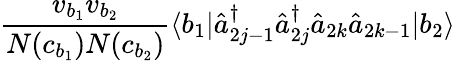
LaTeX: \frac{v_{b_{1}}v_{b_{2}}}{N(c_{b_{1}})N(c_{b_{2}})}\langle b_{1}|\hat{a}_{2j-1}^{\dagger}\hat{a}_{2j}^{\dagger}\hat{a}_{2k}\hat{a}_{2k-1}|b_{2}\rangle